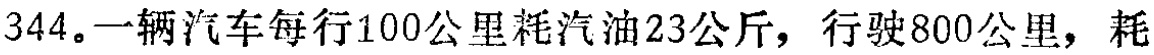
344。一辆汽车每行100公里耗汽油23公斤，行驶800公里，耗